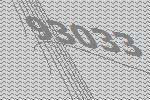
93033